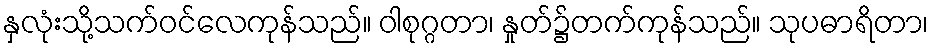
နှလုံးသို့သက်ဝင်လေကုန်သည်။ ဝါစုဂ္ဂတာ၊ နှုတ်၌တက်ကုန်သည်။ သုပဓာရိတာ၊